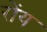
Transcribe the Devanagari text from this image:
रोंय